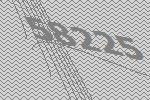
58225